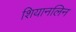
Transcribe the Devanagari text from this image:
शियानलिन